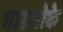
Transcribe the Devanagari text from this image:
भाडभोके